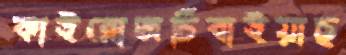
কাইরোজচিবাইয়াছ